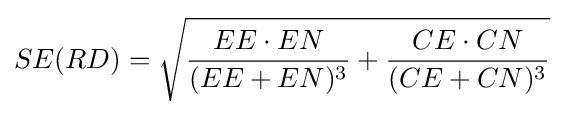
SE(RD)={\sqrt {{\frac {EE\cdot EN}{(EE+EN)^{3}}}+{\frac {CE\cdot CN}{(CE+CN)^{3}}}}}